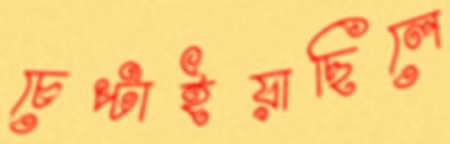
চেপ্‌টাইয়াছিলে